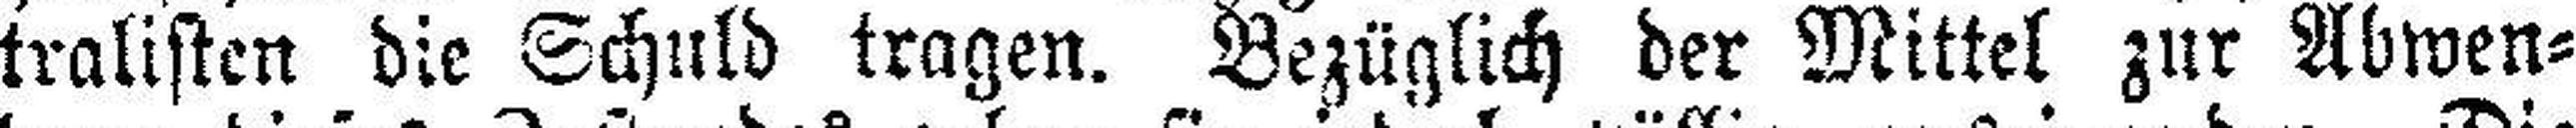
tralisten die Schuld tragen. Bezüglich der Mittel zur Abwen¬